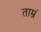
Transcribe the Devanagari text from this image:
ताम्रं